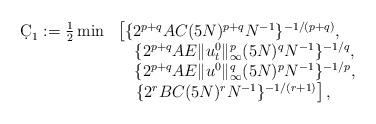
LaTeX: \begin{align*}\begin{array}{ll}\d C_1:=\frac{1}{2} \min&\left[\{2^{p+q}AC(5N)^{p+q}N^{-1}\}^{-1/(p+q)},\right.\\&\quad\{2^{p+q}AE\|u_t^0\|_\infty^p(5N)^qN^{-1}\}^{-1/q},\\&\quad\{2^{p+q}AE\|u^0\|_\infty^q(5N)^pN^{-1}\}^{-1/p},\\&\left.\quad\{2^rBC(5N)^rN^{-1}\}^{-1/(r+1)}\right],\end{array}\end{align*}